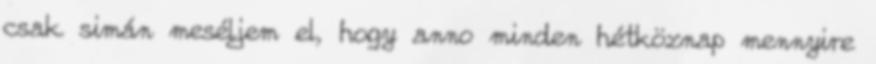
csak simán meséljem el, hogy anno minden hétköznap mennyire